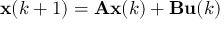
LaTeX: \mathbf { x } ( k + 1 ) = \mathbf { A } \mathbf { x } ( k ) + \mathbf { B } \mathbf { u } ( k )